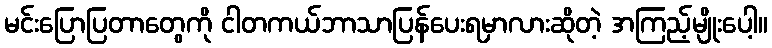
မင်းပြောပြတာတွေကို ငါတကယ်ဘာသာပြန်ပေးရမှာလားဆိုတဲ့ အကြည့်မျိုးပေါ့။